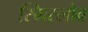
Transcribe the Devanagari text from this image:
स्मिस्लोव